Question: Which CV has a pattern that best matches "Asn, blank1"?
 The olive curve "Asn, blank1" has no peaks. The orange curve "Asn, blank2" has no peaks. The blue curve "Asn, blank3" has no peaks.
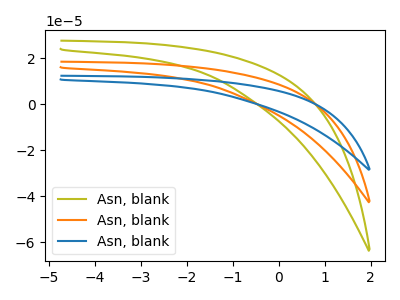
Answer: <think>Neither "Asn, blank1" or "Asn, blank2" have any peaks. Neither "Asn, blank1" or "Asn, blank3" have any peaks. Neither "Asn, blank2" or "Asn, blank3" have any peaks.
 </think>
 <answer>"Asn, blank1" and "Asn, blank2" have a similar shape to "Asn, blank3".</answer>
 <eval>"Asn, blank1" "Asn, blank2"</eval>